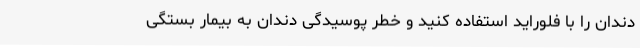
دندان را با فلوراید استفاده کنید و خطر پوسیدگی دندان به بیمار بستگی